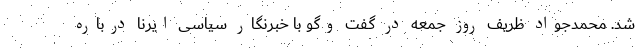
شد. محمدجواد ظریف روز جمعه در گفت وگو با خبرنگار سیاسی ایرنا درباره